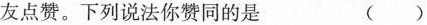
友点赞。下列说法你赞同的是 （）